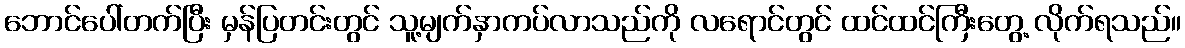
ဘောင်ပေါ်တက်ပြီး မှန်ပြတင်းတွင် သူ့မျက်နှာကပ်လာသည်ကို လရောင်တွင် ထင်ထင်ကြီးတွေ့ လိုက်ရသည်။